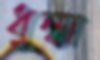
ধুন্ধা